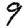
Digit: 9